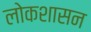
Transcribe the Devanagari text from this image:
लोकशासन